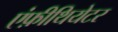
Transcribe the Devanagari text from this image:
एंफ़ीथियेटर